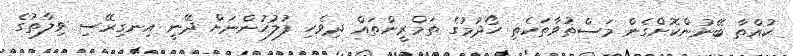
ކުއްތާ ބޭނުންކޮށްގެން މަސްތުވާތަކެތި ހޯދުމުގެ ތަމްރީންތައް ދިވެހި ފުލުހުންނަށް ދޭނީ އިނގިރޭސި ވިލާތުގެ